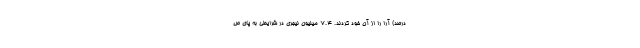
درصد) آرا را از آن خود کردند. ۷.۴ میلیون نیجری در شرایطی به پای ص